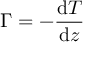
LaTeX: \Gamma = - { \frac { \mathrm { d } T } { \mathrm { d } z } }